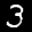
Label: 3